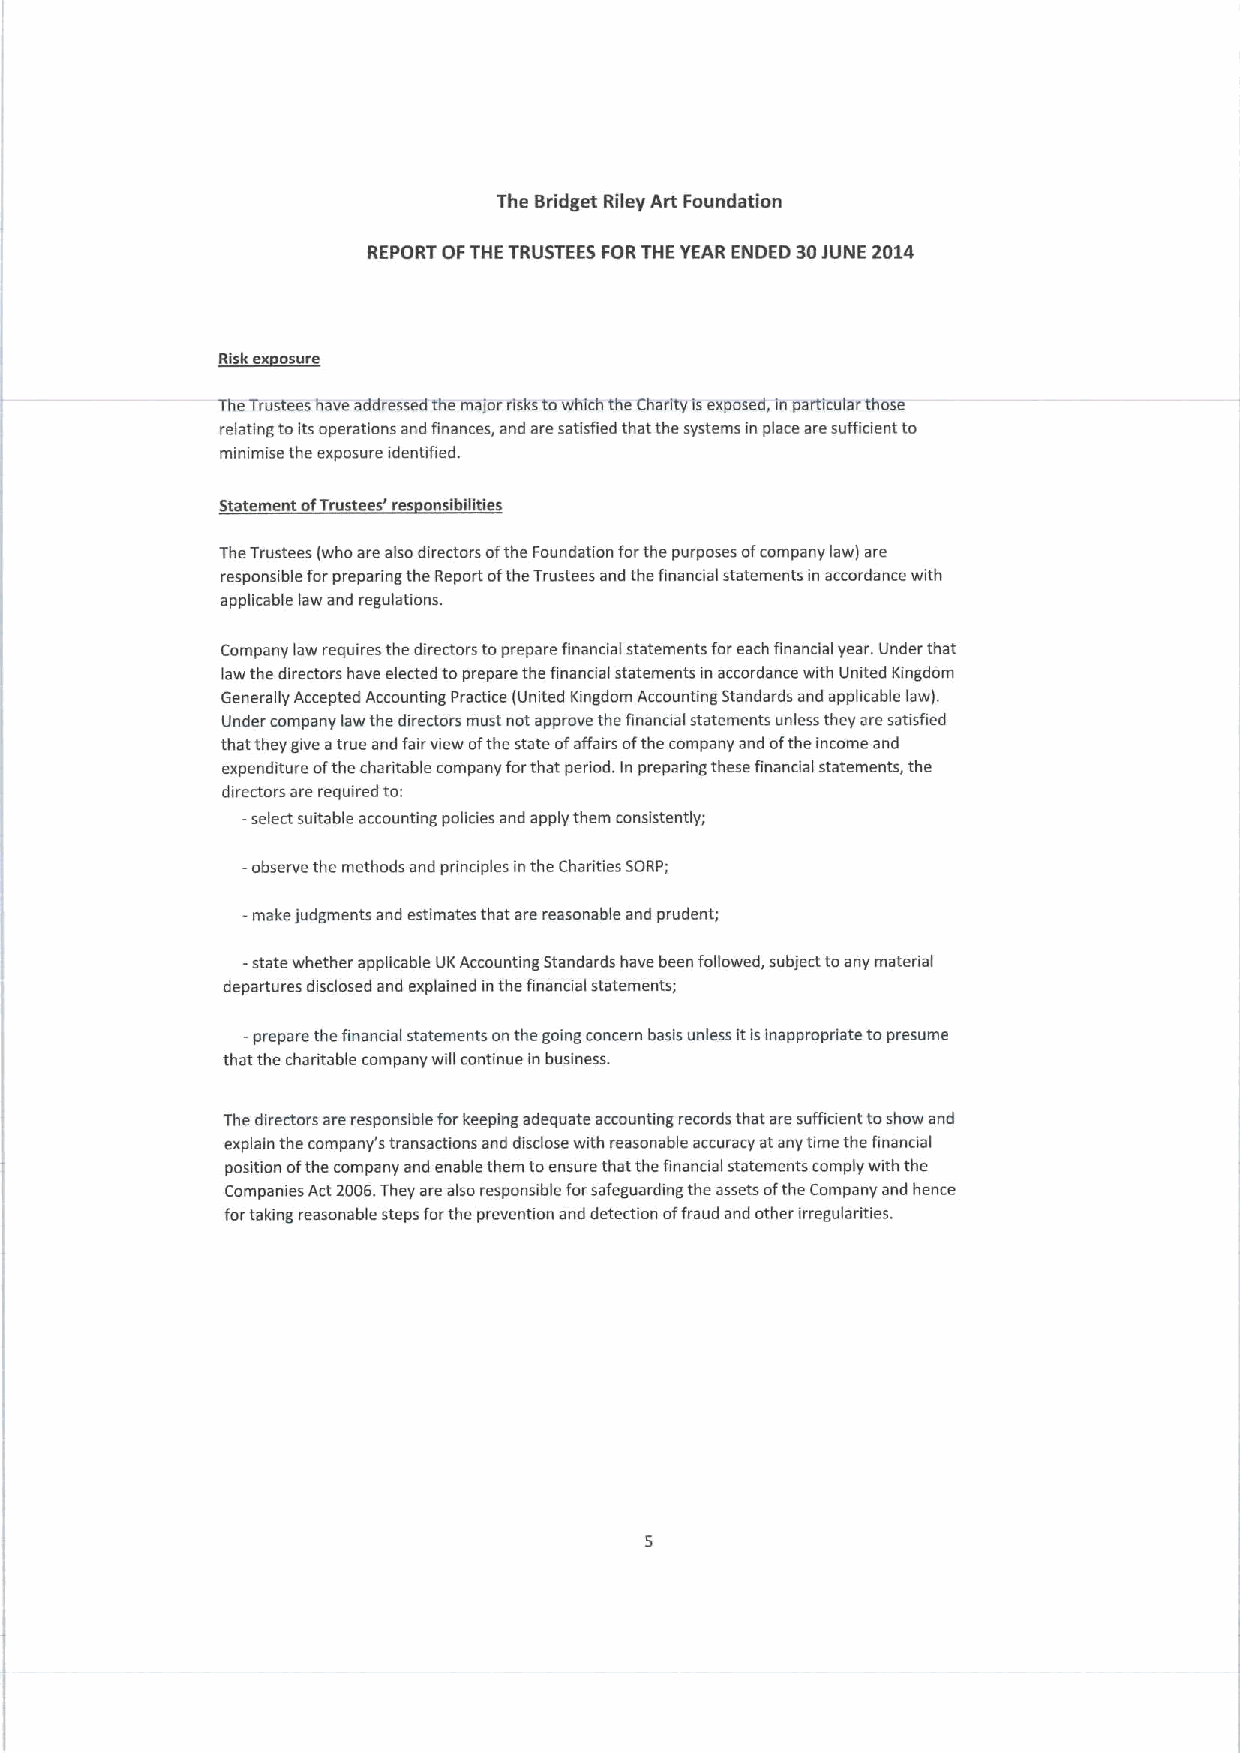
The Bridget Riley Art Foundation
 REPORT OFTHETRUSTEES FORTHE YEAR ENDED 30JUNE 2014
 TheTrustees have addressed the major risks towhich the Charity isexposed, in particular those
 relatmg toits operations and finances, and are satisfied that the systems in place are sufficient to
 minimise the exposure identified.
 Statement ofTrustees' res onsibilities
 TheTrustees (who are also directors ofthe Foundation forthe purposes ofcompany law) are
 responsible forpreparing the Report ofthe Trustees and the financial statements in accordance with
 applicable law and regulations
 Company law requires the directors toprepare financial statements foreach financial year. Under that
 law the directors have elected toprepare the financial statements in accordance with United Kingdom
 Generally Accepted Accounting Practice (United Kingdom Accounting Standards and applicable law).
 Under company law the directors must not approve the financial statements unless they are satisfied
 that they give atrue and fairview ofthe state ofaffairs ofthe company and ofthe income and
 expenditure ofthe charitable company forthat period. In preparing these financial statements, the
 directors are required to:
 -select suitable accounting pohcies and apply them consistently;
 -observe the methods and principles in the Charities SORP;
 make judgments and estimates that are reasonable and prudent;
 -state whether applicable UKAccounting Standards have been followed, subject toany material
 departures duclosed and explained inthe financial statements;
 —prepare the financial statements on the going concern basis unless itisinappropriate to presume
 that the charitable company will continue in business.
 The directors are responsible forkeeping adequate accounting records that are sufficient toshow and
 explain the company's transactions and disclose with reasonable accuracy atany time the financial
 position ofthe company and enable them toensure that the financial statements comply with the
 Companies Act2006.They are also responsible forsafeguarding the assets ofthe Company and hence
 fortaking reasonable steps forthe prevention and detection offraud and other irregularities.